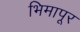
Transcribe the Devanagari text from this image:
भिमापूर